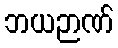
ဘယဉာဏ်